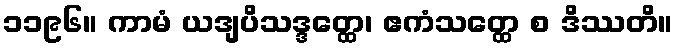
၁၁၉၆။ ကာမံ ယဒျပိသဒ္ဒတ္ထေ၊ ဧကံသတ္ထေ စ ဒိဿတိ။